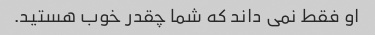
او فقط نمی داند که شما چقدر خوب هستید.